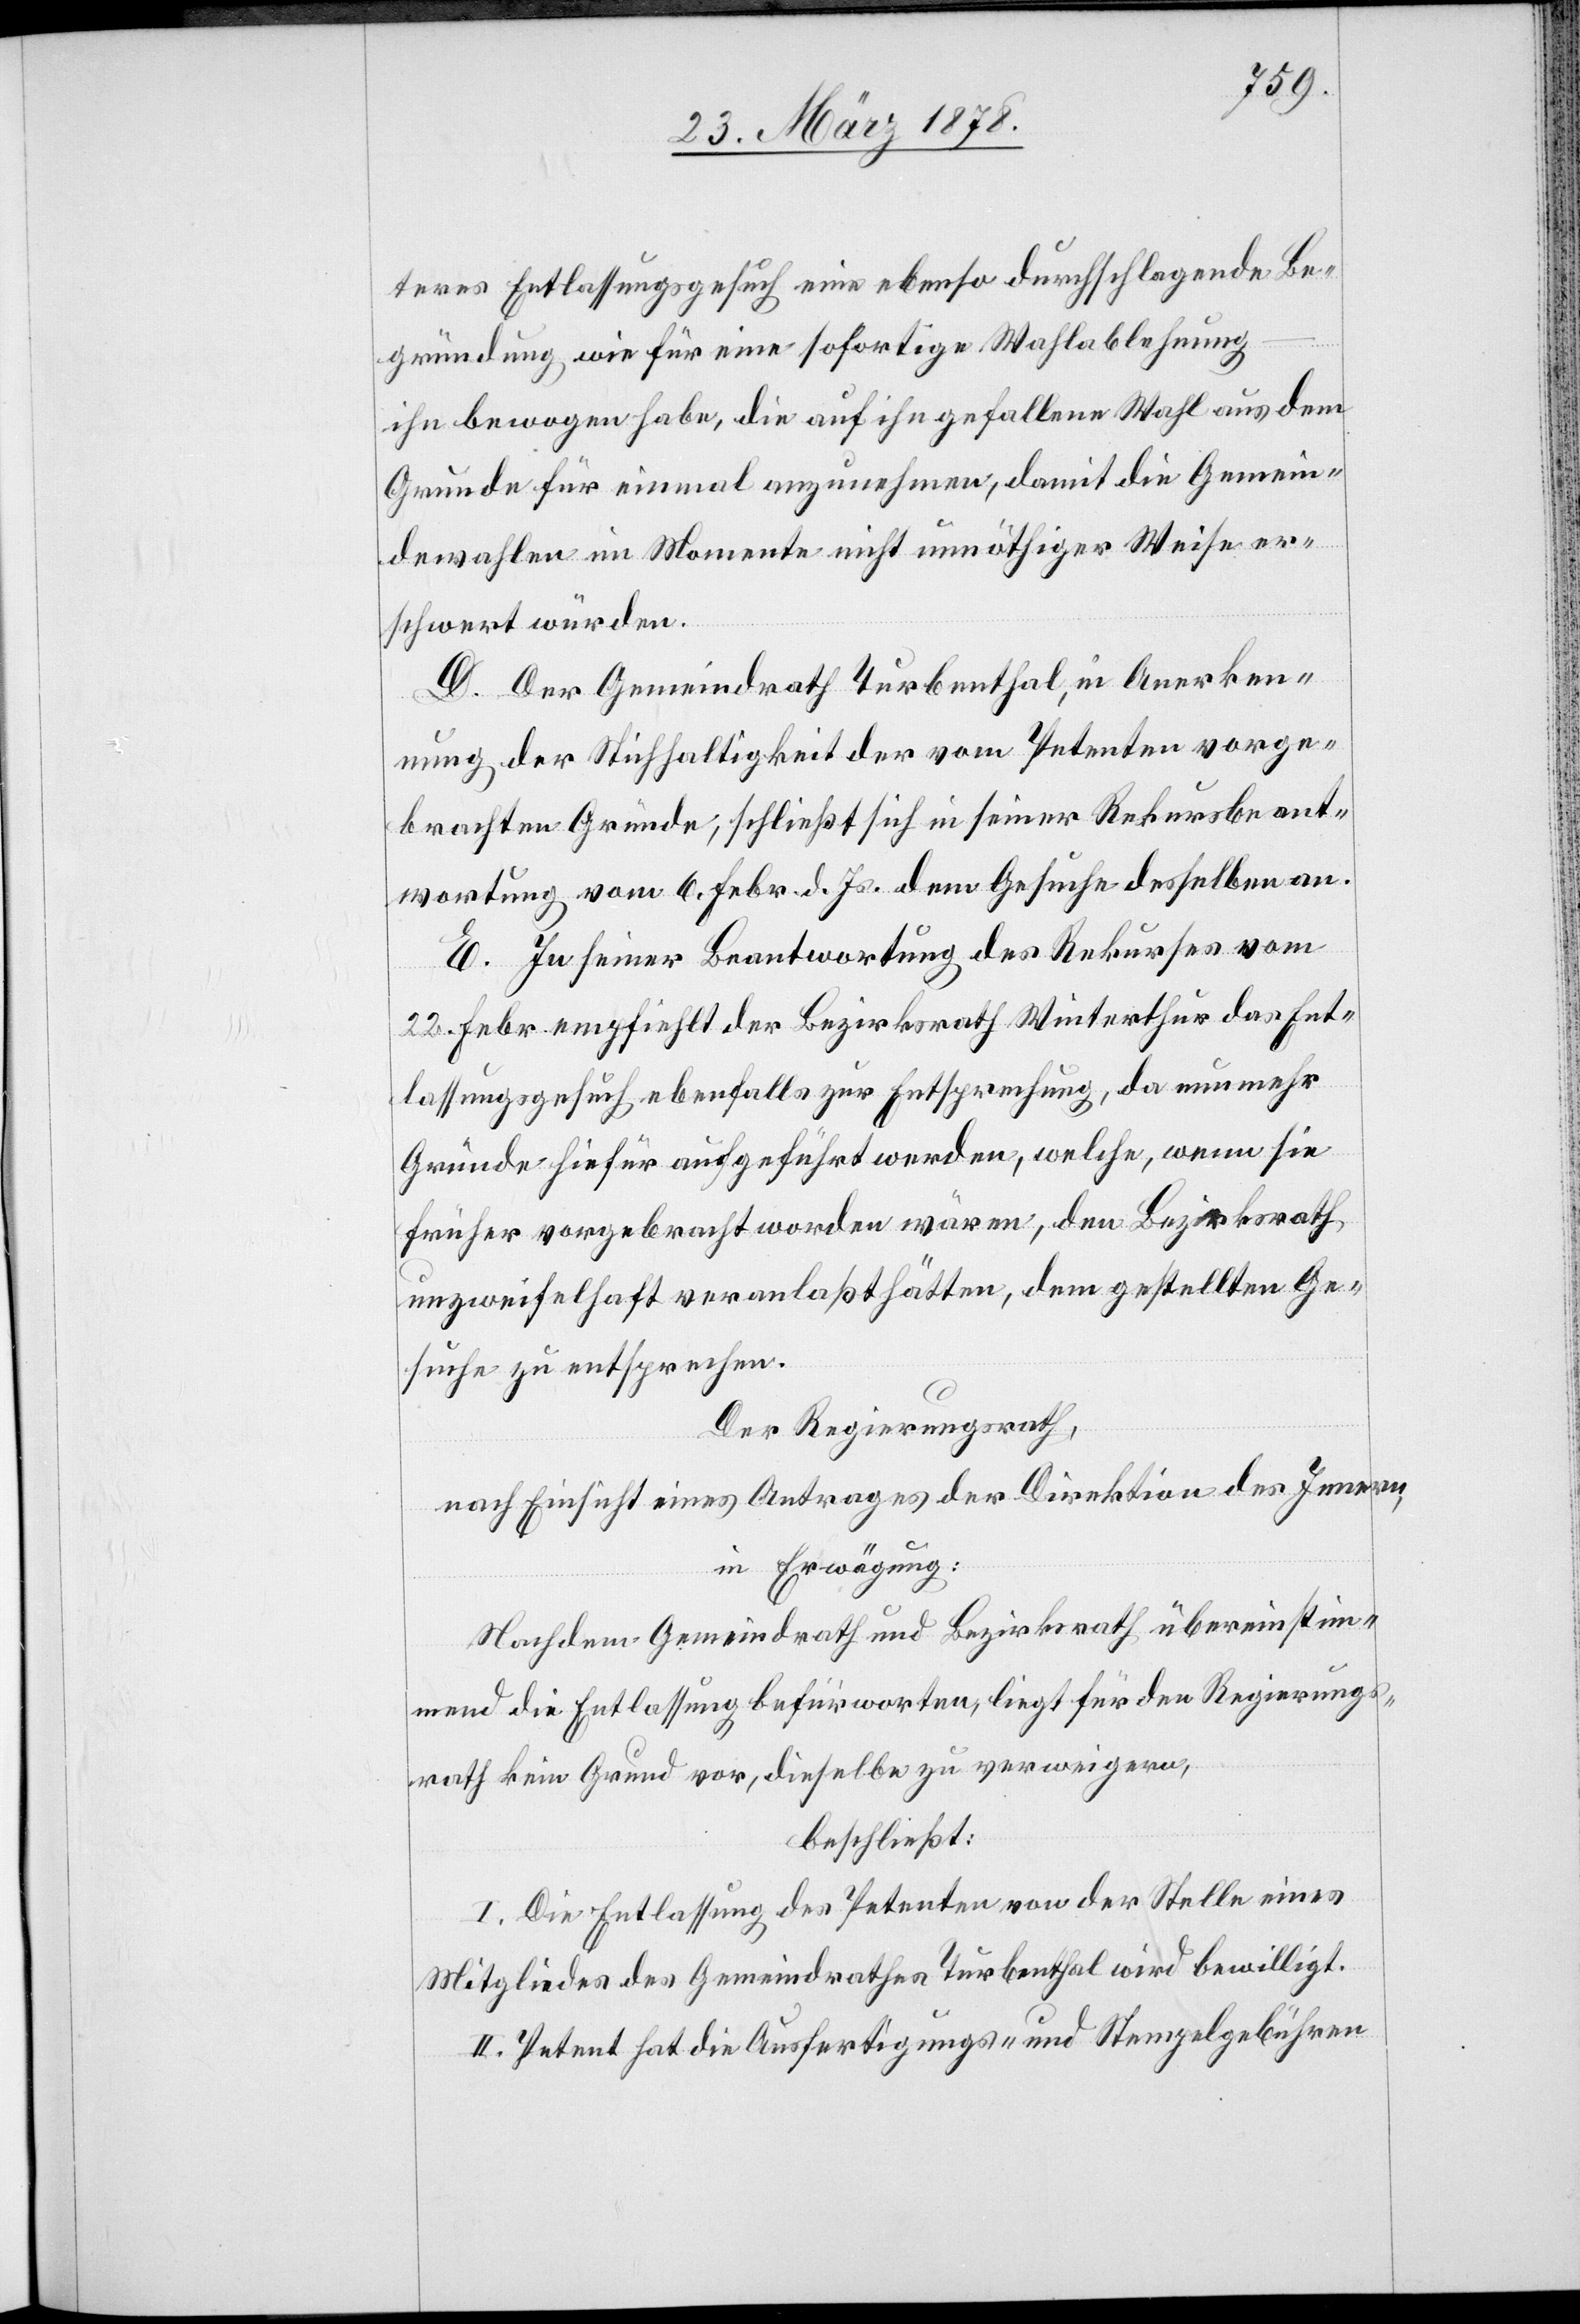
teres Entlassungsgesuch eine ebenso durchschlagende Be¬
gründung, wie für eine sofortige Wahlablehnung
ihn bewogen habe, die auf ihn gefallene Wahl aus dem
Grunde für einmal anzunehmen, damit die Gemein¬
dewahlen im Momente nicht unnöthiger Weise er¬
schwert würden.
D. Der Gemeindrath Turbenthal, in Anerken¬
nung der Stichhaltigkeit der vom Petenten vorge¬
brachten Gründe, schließt sich in seiner Rekursbeant¬
wortung vom 6. Febr. d. Js. dem Gesuche desselben an.
E. In seiner Beantwortung des Rekurses vom
22. Febr. empfiehlt der Bezirksrath Winterthur das Ent¬
lassungsgesuch ebenfalls zur Entsprechung, da nunmehr
Gründe hiefür aufgeführt werden, welche, wenn sie
früher vorgebracht worden wären, den Bezirksrath
unzweifelhaft veranlaßt hätten, dem gestellten Ge¬
suche zu entsprechen.
Der Regierungsrath,
nach Einsicht eines Antrages der Direktion des Innern,
in Erwägung:
Nachdem Gemeindrath und Bezirksrath übereinstim¬
mend die Entlassung befürworten, liegt für den Regierungs¬
rath kein Grund vor, dieselbe zu verweigern,
beschließt:
I. Die Entlassung des Petenten von der Stelle eines
Mitgliedes des Gemeindrathes Turbenthal wird bewilligt.
II. Petent hat die Ausfertigungs- und Stempelgebühren